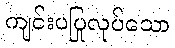
ကျင်းပပြုလုပ်သော